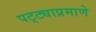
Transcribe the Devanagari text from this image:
पट्ट्याप्रमाणे